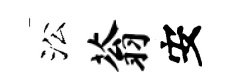
㳂蓊安